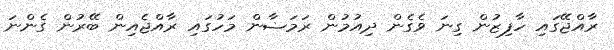
ރާއްޖޭގައި ހާފިޒުން ގިނަ ވެގެން ދިއުމުން ރަމަޟާން މަހުގައި ރާއްޖެއިން ބޭރުން ގެންނަ